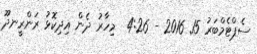
ސެޕްޓެމްބަރު 15